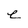
Character: e